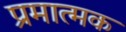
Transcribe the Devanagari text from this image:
प्रमात्मक